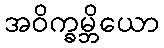
အဝိက္ခမ္ဘိယော